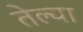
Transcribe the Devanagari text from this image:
तेल्या